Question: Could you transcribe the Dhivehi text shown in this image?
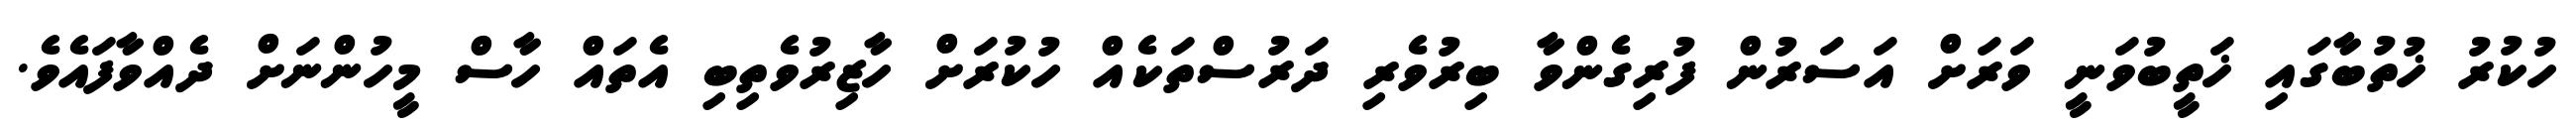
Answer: ހުކުރު ޚުތުބާގައި ޚަތީބުވަނީ ވަރަށް އަސަރުން ފުރިގެންވާ ބިރުވެރި ދަރުސްތަކެއް ހުކުރަށް ހާޒިރުވެތިބި އެތައް ހާސް މީހުންނަށް ދެއްވާފައެވެ.